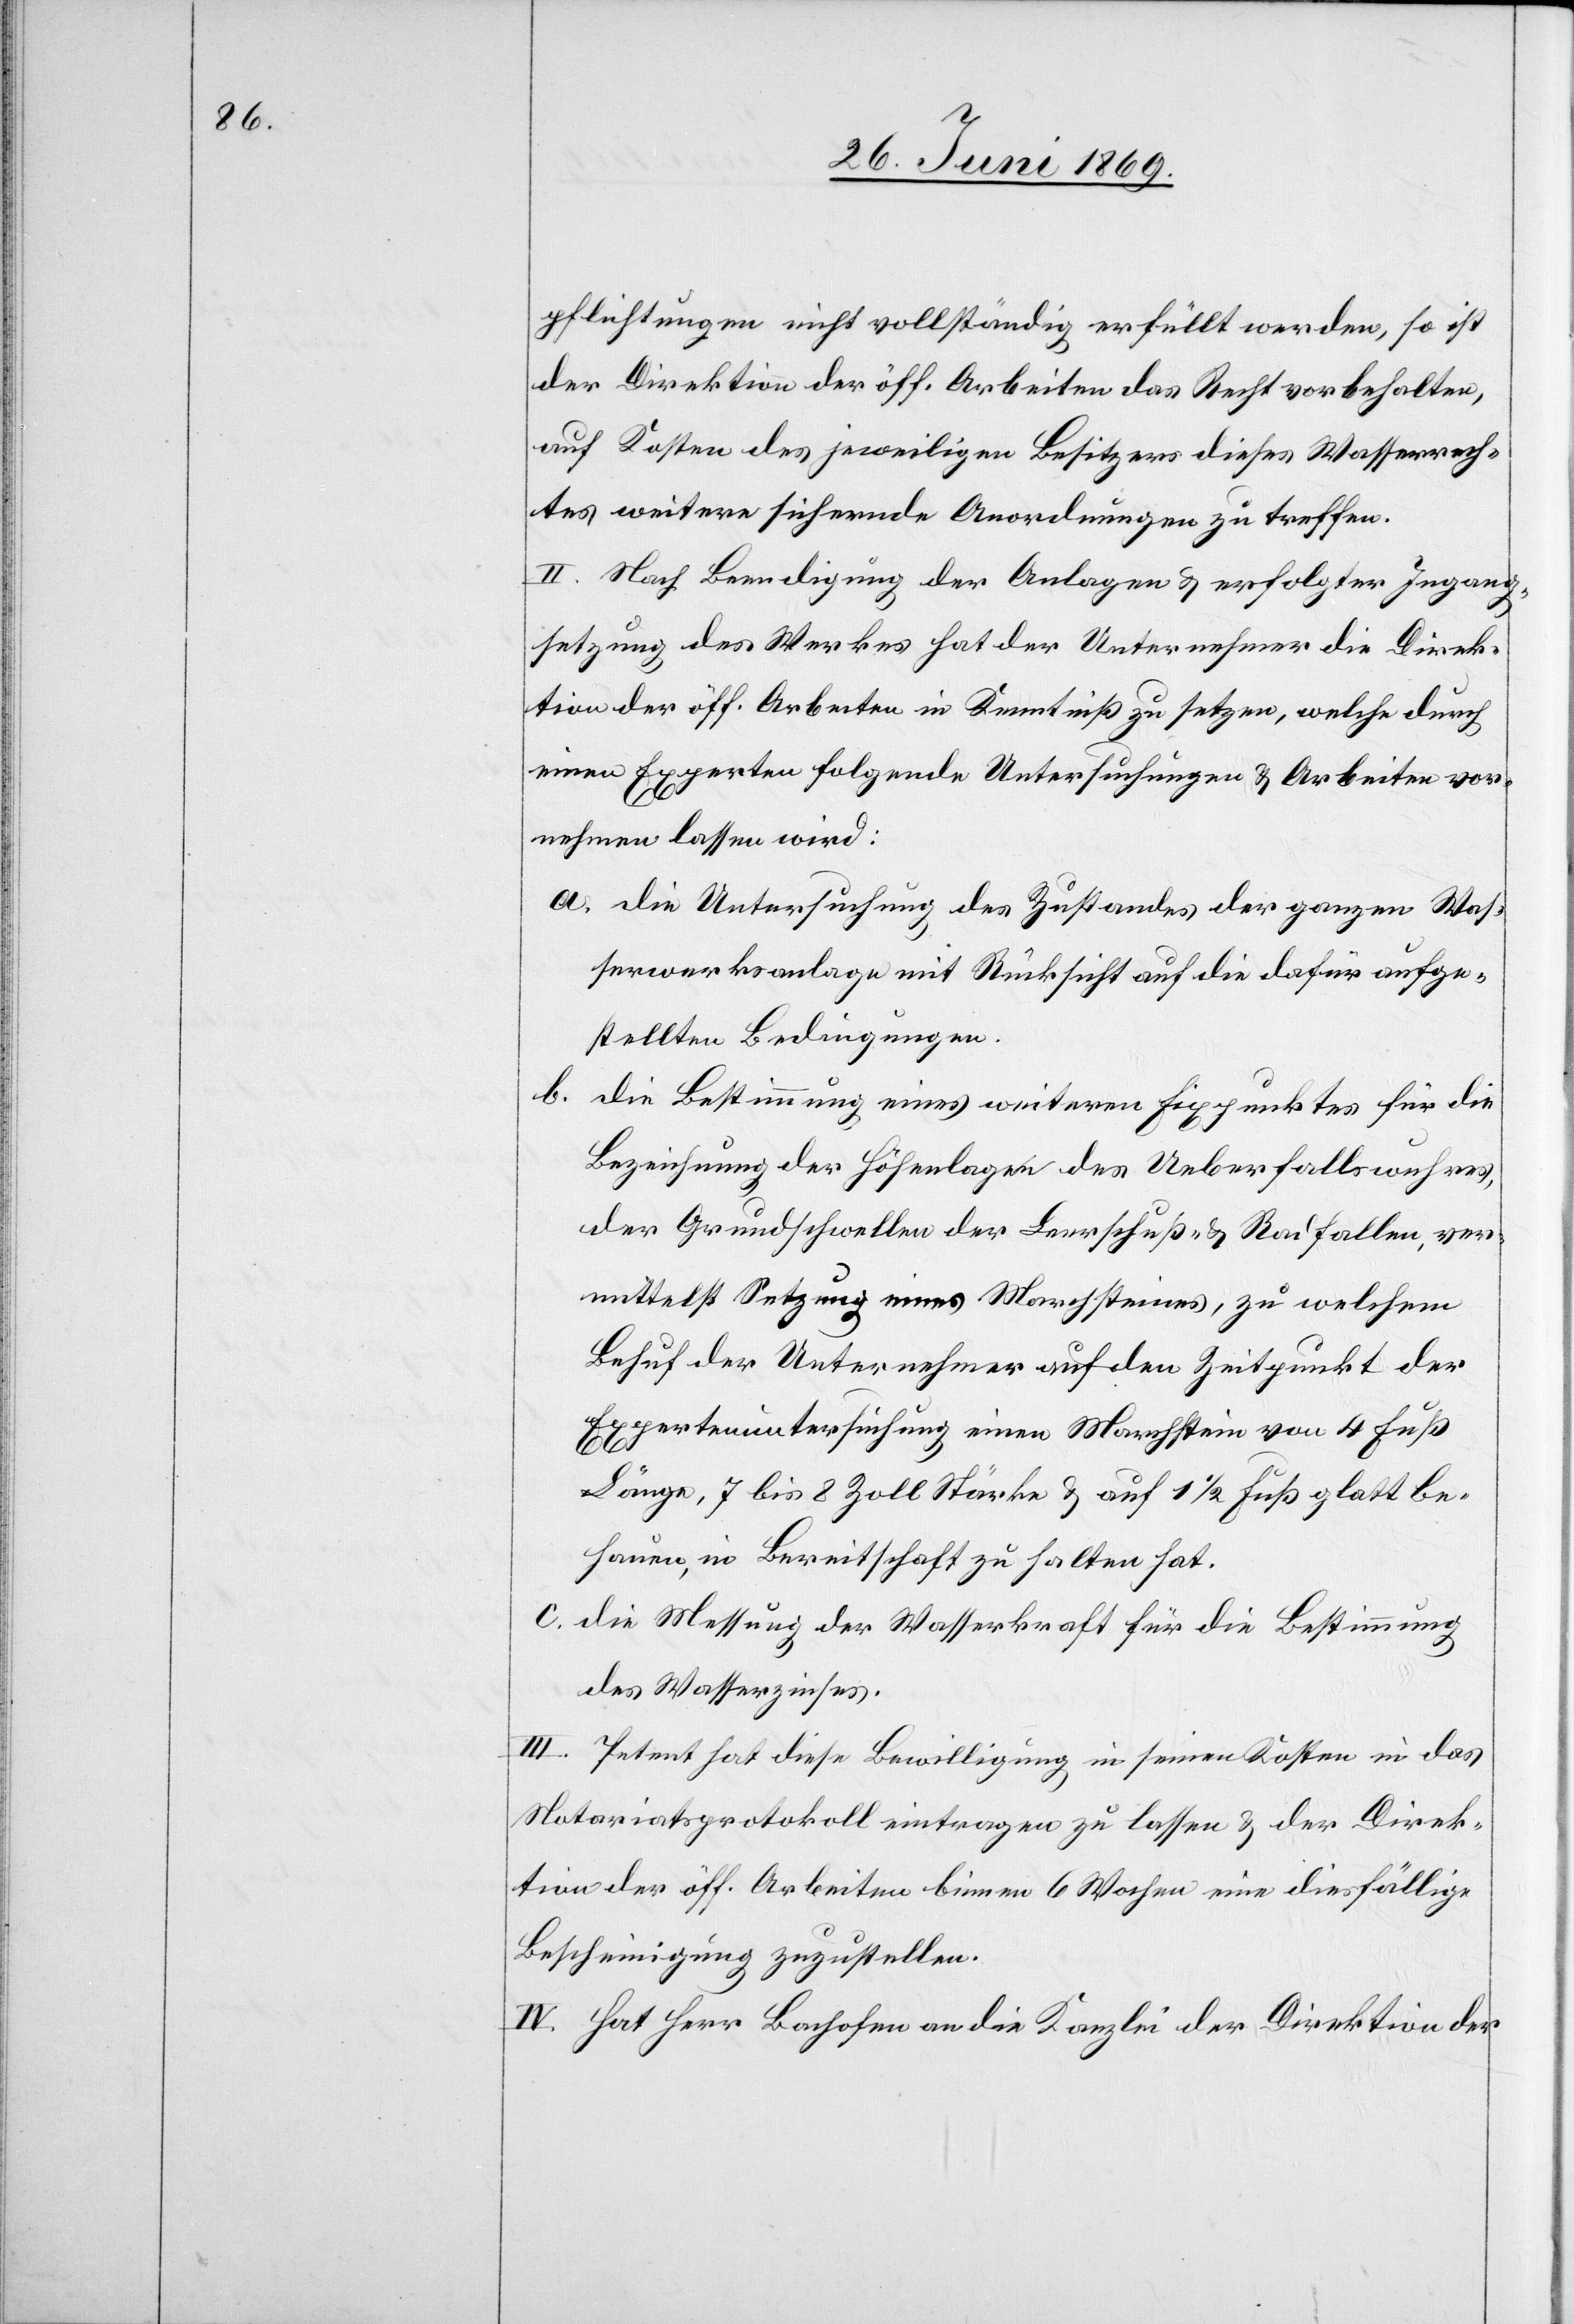
pflichtungen nicht vollständig erfüllt werden, so ist
der Direktion der öff. Arbeiten das Recht vorbehalten,
auf Kosten des jeweiligen Besitzers dieses Wasserrech¬
tes weitere sichernde Anordnungen zu treffen.
II. Nach Beendigung der Anlagen u. erfolgten Ingang¬
setzung des Werkes hat der Unternehmer die Direk¬
tion der öff. Arbeiten in Kenntniß zu setzen, welche durch
einen Experten folgende Untersuchungen u. Arbeiten vor¬
nehmen lassen wird:
a. Die Untersuchung des Zustandes der ganzen Was¬
serwerksanlage mit Rücksicht auf die dafür aufge¬
stellten Bedingungen.
b. Die Bestimmung eines weitern Fixpunktes für die
Beziehung der Höhenlagen des Ueberfallswuhres,
der Grundschwelle der Leerschuß- u. Radfallen, ver¬
mittelst Setzung eines Marchsteines, zu welchem
Behuf der Unternehmer auf den Zeitpunkt der
Expertenuntersuchung einen Marchstein von 4 Fuß
Länge, 7 bis 8 Zoll Stärke u. auf 1 1/2 Fuß glatt be¬
hauen, in Bereitschaft zu halten hat.
c. Die Messung der Wasserkraft für die Bestimmung
des Wasserzinses.
III. Petent hat diese Bewilligung in seinen Kosten in das
Notariatsprotokoll eingetragen zu lassen, u. der Direk¬
tion der öff. Arbeiten binnen 6 Wochen eine diesfällige
Bescheinigung zuzustellen.
IV. Hat Herr Bachofen an die Kanzlei bei der Direktion der